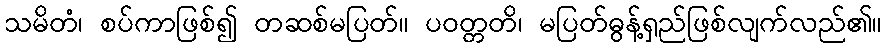
သမိတံ၊ စပ်ကာဖြစ်၍ တဆစ်မပြတ်။ ပဝတ္တတိ၊ မပြတ်ဓွန့်ရှည်ဖြစ်လျက်လည်၏။